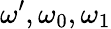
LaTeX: \omega^{\prime},\omega_{0},\omega_{1}